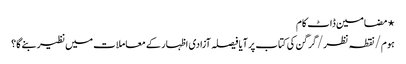
⋆ مضامین ڈاٹ کام
ہوم/نقطہ نظر/گرگن کی کتاب پر آیا فیصلہ آزادی اظہار کے معاملات میں نظیر بنے گا؟